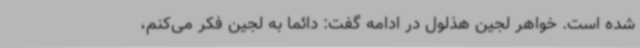
شده است. خواهر لجین هذلول در ادامه گفت: دائما به لجین فکر می‌کنم،